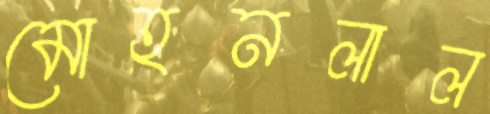
মোহনলাল